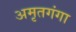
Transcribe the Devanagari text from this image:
अमृतगंगा